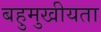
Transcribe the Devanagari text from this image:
बहुमुखीयता